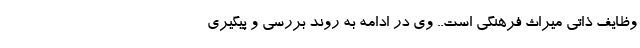
وظایف ذاتی میراث فرهنگی است.. وی در ادامه به روند بررسی و پیگیری